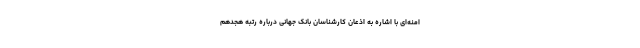
امنه‌ای با اشاره به اذعان کارشناسان بانک جهانی درباره رتبه هجدهم